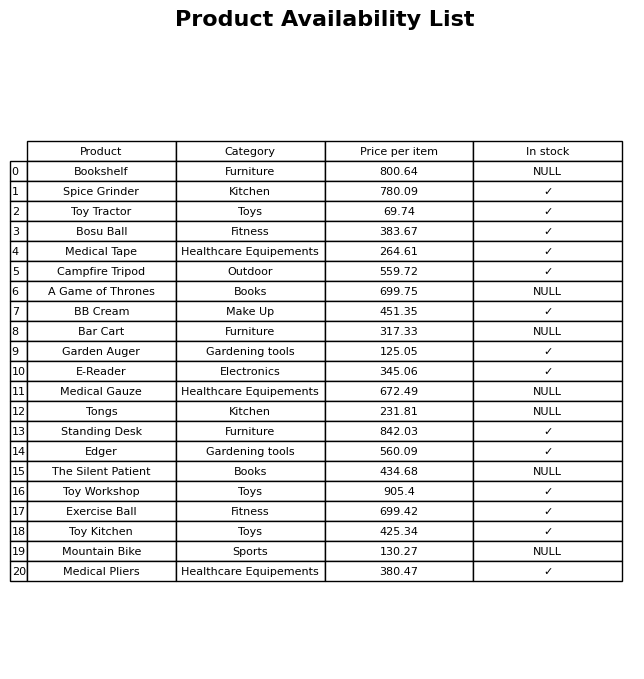
question: What is the price for E-Reader?
answer: The price of E-Reader is 345.06.